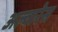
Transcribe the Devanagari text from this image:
अल्वारेस